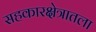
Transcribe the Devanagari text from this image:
सहकारक्षेत्रातला